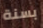
بسنة